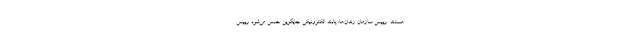
هستند. رییس سازمان زندان‌ها: پابند الکترونیکی جایگزین حبس می‌شود رییس